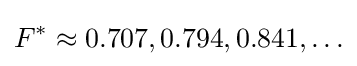
F^{*}\approx 0.707,0.794,0.841,\ldots